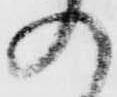
の